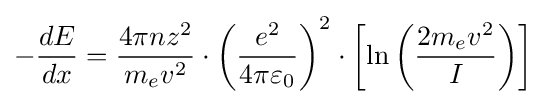
-{\frac {dE}{dx}}={\frac {4\pi nz^{2}}{m_{e}v^{2}}}\cdot \left({\frac {e^{2}}{4\pi \varepsilon _{0}}}\right)^{2}\cdot \left[\ln \left({\frac {2m_{e}v^{2}}{I}}\right)\right]